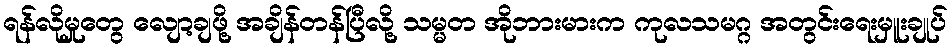
ရန်လိုမှုတွေ လျော့ချဖို့ အချိန်တန်ပြီလို့ သမ္မတ အိုဘားမားက ကုလသမဂ္ဂ အတွင်းရေးမှူးချုပ်